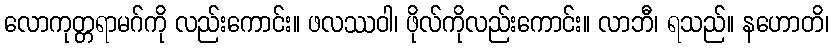
လောကုတ္တရာမဂ်ကို လည်းကောင်း။ ဖလဿဝါ၊ ဖိုလ်ကိုလည်းကောင်း။ လာဘီ၊ ရသည်။ နဟောတိ၊